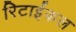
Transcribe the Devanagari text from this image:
रिटाईकल